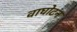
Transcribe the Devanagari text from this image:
वाघोटन